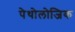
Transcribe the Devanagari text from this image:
पेथोलोजिक